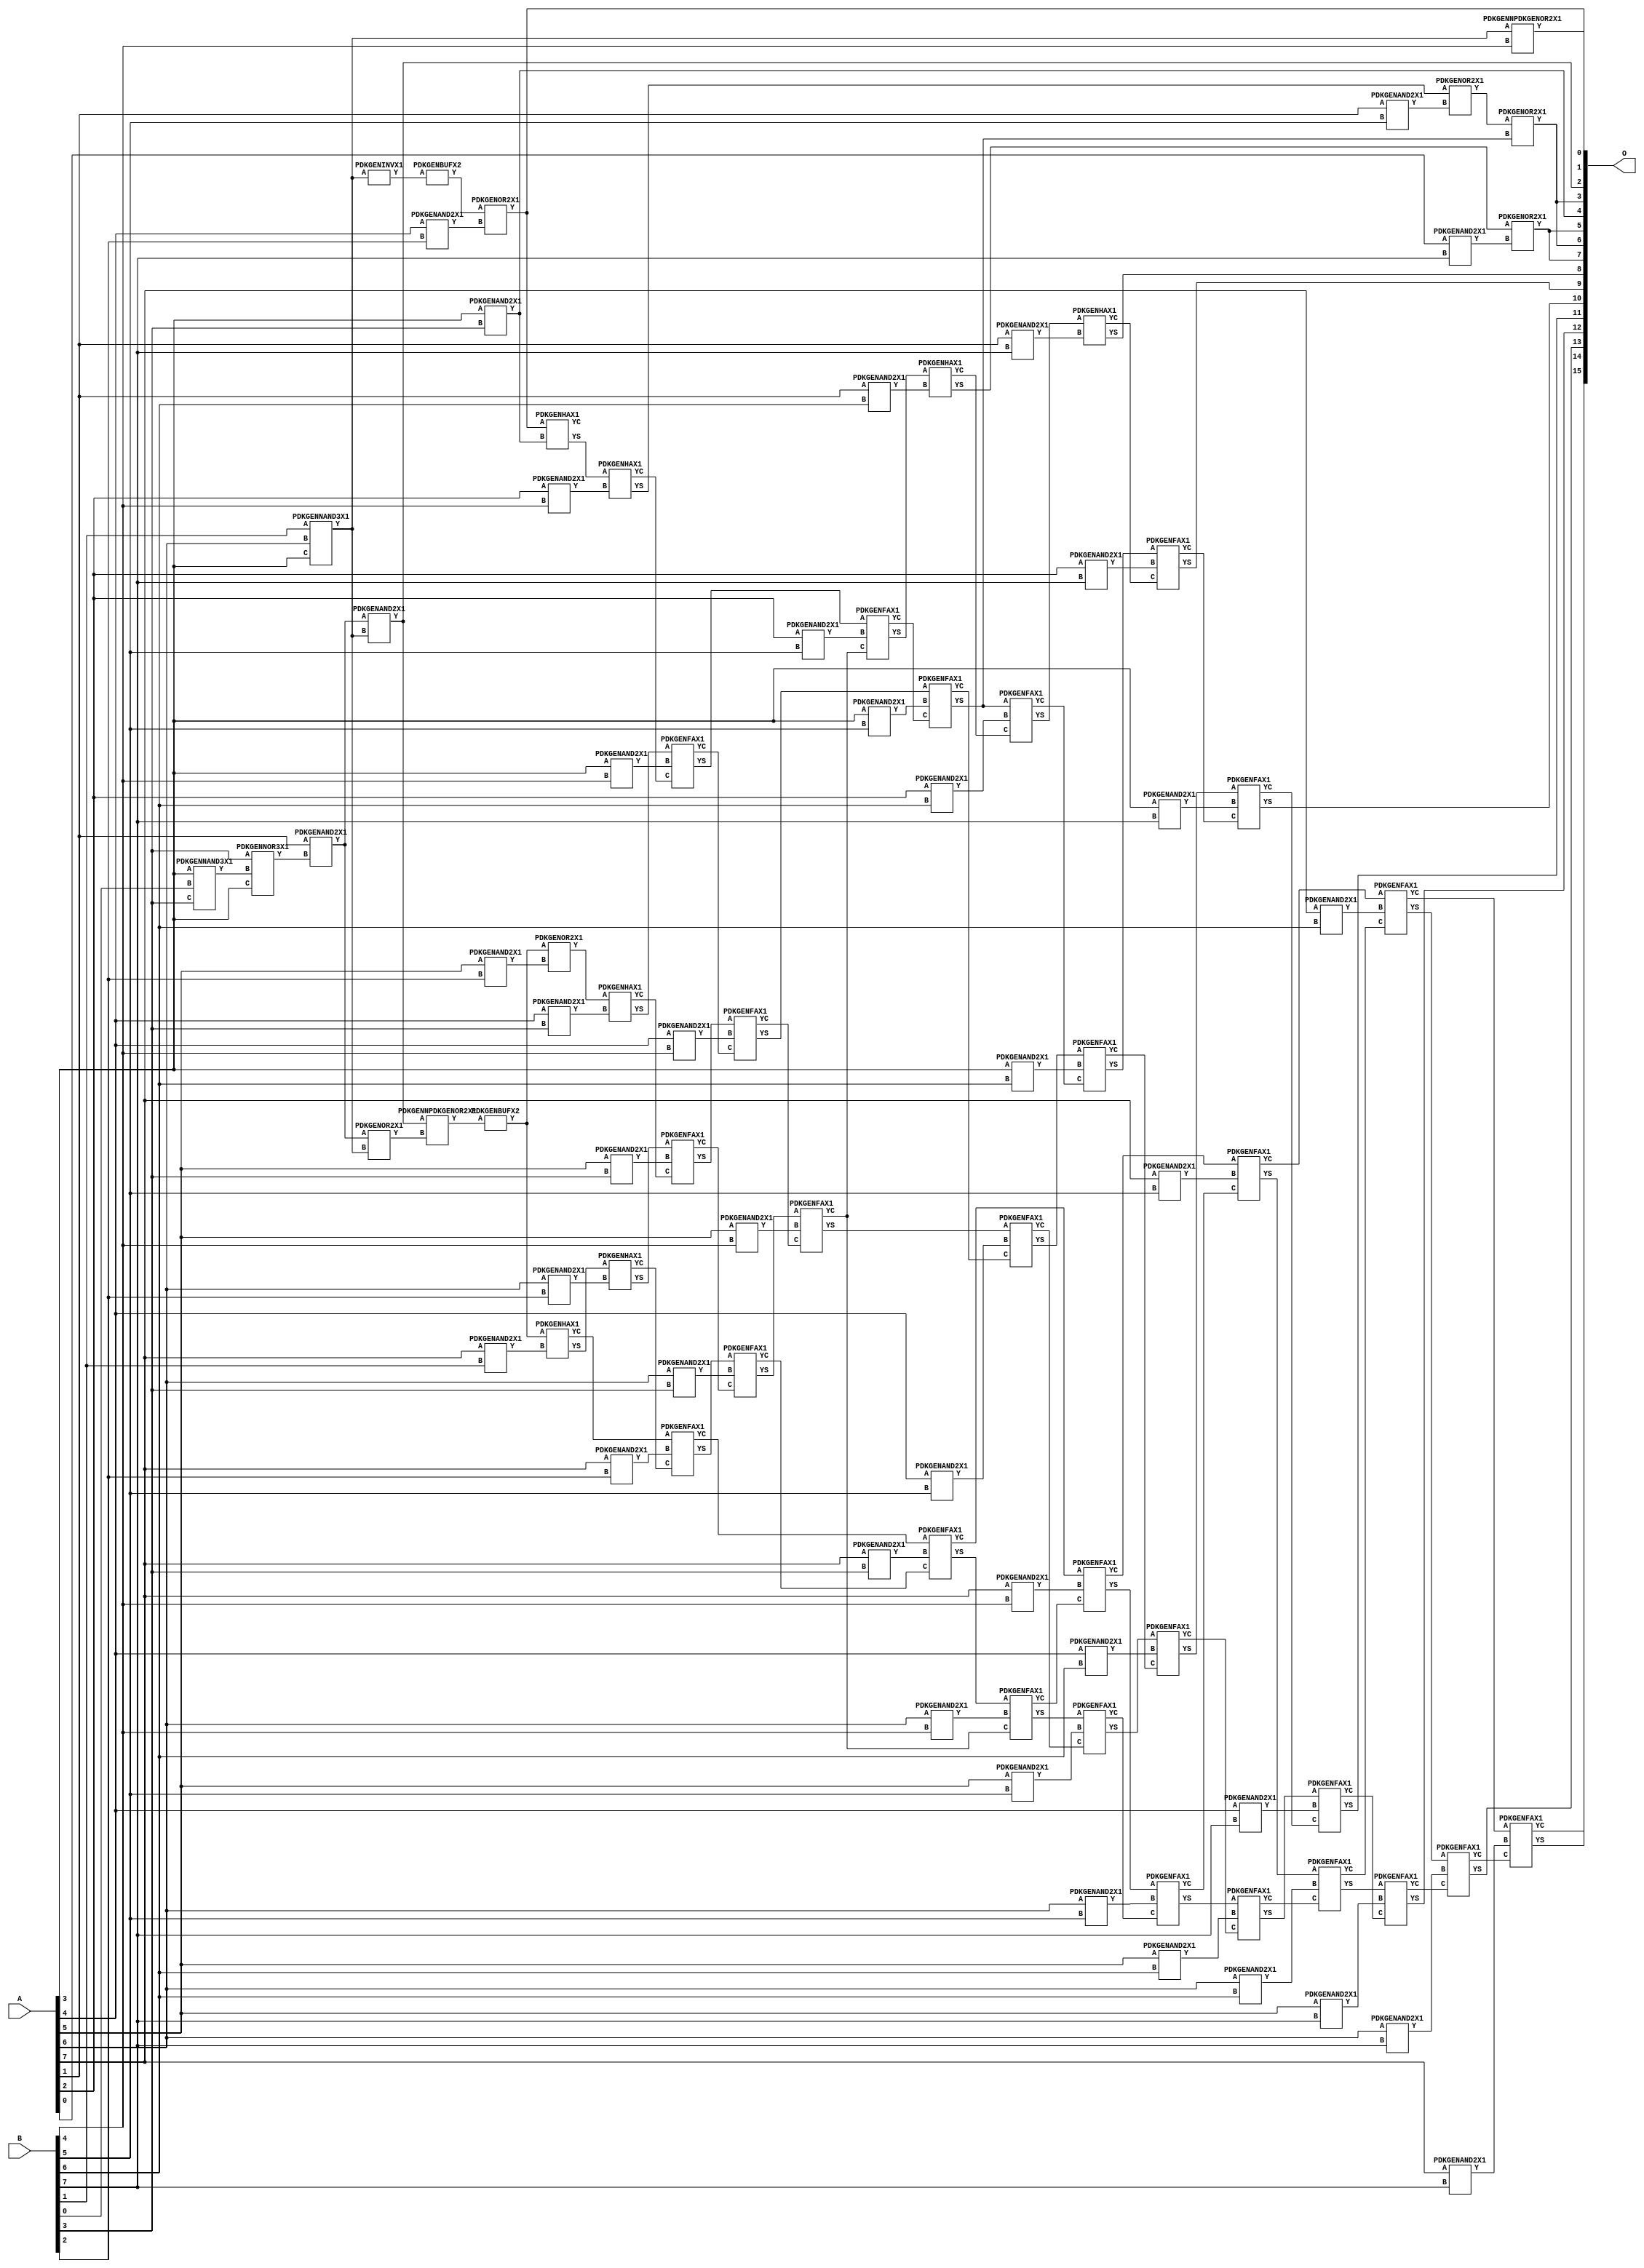
// Library = EvoApprox8b
// Circuit = mul8_447
// Area   (180) = 5520
// Delay  (180) = 4.400
// Power  (180) = 2594.10
// Area   (45) = 400
// Delay  (45) = 1.590
// Power  (45) = 224.50
// Nodes = 88
// HD = 312902
// MAE = 150.20093
// MSE = 36900.98438
// MRE = 3.90 %
// WCE = 837
// WCRE = 241 %
// EP = 97.8 %

module mul8_447(A, B, O);
  input [7:0] A;
  input [7:0] B;
  output [15:0] O;
  wire [2031:0] N;

  assign N[0] = A[0];
  assign N[1] = A[0];
  assign N[2] = A[1];
  assign N[3] = A[1];
  assign N[4] = A[2];
  assign N[5] = A[2];
  assign N[6] = A[3];
  assign N[7] = A[3];
  assign N[8] = A[4];
  assign N[9] = A[4];
  assign N[10] = A[5];
  assign N[11] = A[5];
  assign N[12] = A[6];
  assign N[13] = A[6];
  assign N[14] = A[7];
  assign N[15] = A[7];
  assign N[16] = B[0];
  assign N[17] = B[0];
  assign N[18] = B[1];
  assign N[19] = B[1];
  assign N[20] = B[2];
  assign N[21] = B[2];
  assign N[22] = B[3];
  assign N[23] = B[3];
  assign N[24] = B[4];
  assign N[25] = B[4];
  assign N[26] = B[5];
  assign N[27] = B[5];
  assign N[28] = B[6];
  assign N[29] = B[6];
  assign N[30] = B[7];
  assign N[31] = B[7];

  PDKGENNAND3X1 n32(.A(N[18]), .B(N[12]), .C(N[6]), .Y(N[32]));
  assign N[33] = N[32];
  PDKGENNAND3X1 n34(.A(N[6]), .B(N[16]), .C(N[22]), .Y(N[34]));
  PDKGENNOR3X1 n38(.A(N[22]), .B(N[34]), .C(N[6]), .Y(N[38]));
  assign N[39] = N[38];
  PDKGENAND2X1 n40(.A(N[2]), .B(N[39]), .Y(N[40]));
  assign N[41] = N[40];
  PDKGENOR2X1 n50(.A(N[41]), .B(N[32]), .Y(N[50]));
  assign N[51] = N[50];
  PDKGENNPDKGENOR2X1 n54(.A(N[33]), .B(N[24]), .Y(N[54]));
  PDKGENAND2X1 n82(.A(N[41]), .B(N[32]), .Y(N[82]));
  assign N[83] = N[82];
  PDKGENNPDKGENOR2X1 n146(.A(N[83]), .B(N[51]), .Y(N[146]));
  assign N[147] = N[146];
  PDKGENINVX1 n152(.A(N[33]), .Y(N[152]));
  assign N[153] = N[152];
  PDKGENAND2X1 n282(.A(N[14]), .B(N[18]), .Y(N[282]));
  PDKGENBUFX2 n398(.A(N[147]), .Y(N[398]));
  assign N[399] = N[398];
  PDKGENHAX1 n414(.A(N[399]), .B(N[282]), .YS(N[414]), .YC(N[415]));
  PDKGENAND2X1 n498(.A(N[8]), .B(N[20]), .Y(N[498]));
  PDKGENAND2X1 n514(.A(N[10]), .B(N[20]), .Y(N[514]));
  PDKGENAND2X1 n532(.A(N[12]), .B(N[20]), .Y(N[532]));
  PDKGENAND2X1 n548(.A(N[14]), .B(N[20]), .Y(N[548]));
  PDKGENBUFX2 n552(.A(N[153]), .Y(N[552]));
  assign N[553] = N[552];
  PDKGENOR2X1 n632(.A(N[553]), .B(N[498]), .Y(N[632]));
  assign N[633] = N[632];
  PDKGENOR2X1 n648(.A(N[398]), .B(N[514]), .Y(N[648]));
  PDKGENHAX1 n664(.A(N[414]), .B(N[532]), .YS(N[664]), .YC(N[665]));
  PDKGENFAX1 n682(.A(N[415]), .B(N[548]), .C(N[665]), .YS(N[682]), .YC(N[683]));
  PDKGENAND2X1 n748(.A(N[6]), .B(N[22]), .Y(N[748]));
  assign N[749] = N[748];
  PDKGENAND2X1 n764(.A(N[8]), .B(N[22]), .Y(N[764]));
  PDKGENAND2X1 n782(.A(N[10]), .B(N[22]), .Y(N[782]));
  PDKGENAND2X1 n798(.A(N[12]), .B(N[22]), .Y(N[798]));
  PDKGENAND2X1 n814(.A(N[14]), .B(N[22]), .Y(N[814]));
  PDKGENHAX1 n882(.A(N[632]), .B(N[748]), .YS(N[882]), .YC(N[883]));
  PDKGENHAX1 n898(.A(N[648]), .B(N[764]), .YS(N[898]), .YC(N[899]));
  PDKGENFAX1 n914(.A(N[664]), .B(N[782]), .C(N[899]), .YS(N[914]), .YC(N[915]));
  PDKGENFAX1 n932(.A(N[682]), .B(N[798]), .C(N[915]), .YS(N[932]), .YC(N[933]));
  PDKGENFAX1 n948(.A(N[683]), .B(N[814]), .C(N[933]), .YS(N[948]), .YC(N[949]));
  PDKGENAND2X1 n998(.A(N[4]), .B(N[24]), .Y(N[998]));
  PDKGENAND2X1 n1014(.A(N[6]), .B(N[24]), .Y(N[1014]));
  PDKGENAND2X1 n1032(.A(N[8]), .B(N[24]), .Y(N[1032]));
  PDKGENAND2X1 n1048(.A(N[10]), .B(N[24]), .Y(N[1048]));
  PDKGENAND2X1 n1064(.A(N[12]), .B(N[24]), .Y(N[1064]));
  PDKGENAND2X1 n1082(.A(N[14]), .B(N[24]), .Y(N[1082]));
  PDKGENHAX1 n1132(.A(N[882]), .B(N[998]), .YS(N[1132]), .YC(N[1133]));
  PDKGENFAX1 n1148(.A(N[898]), .B(N[1014]), .C(N[1133]), .YS(N[1148]), .YC(N[1149]));
  PDKGENFAX1 n1164(.A(N[914]), .B(N[1032]), .C(N[1149]), .YS(N[1164]), .YC(N[1165]));
  PDKGENFAX1 n1182(.A(N[932]), .B(N[1048]), .C(N[1165]), .YS(N[1182]), .YC(N[1183]));
  PDKGENFAX1 n1198(.A(N[948]), .B(N[1064]), .C(N[1183]), .YS(N[1198]), .YC(N[1199]));
  PDKGENFAX1 n1214(.A(N[949]), .B(N[1082]), .C(N[1199]), .YS(N[1214]), .YC(N[1215]));
  PDKGENAND2X1 n1248(.A(N[2]), .B(N[26]), .Y(N[1248]));
  PDKGENAND2X1 n1264(.A(N[4]), .B(N[26]), .Y(N[1264]));
  PDKGENAND2X1 n1282(.A(N[6]), .B(N[26]), .Y(N[1282]));
  PDKGENAND2X1 n1298(.A(N[8]), .B(N[26]), .Y(N[1298]));
  PDKGENAND2X1 n1314(.A(N[10]), .B(N[26]), .Y(N[1314]));
  PDKGENAND2X1 n1332(.A(N[12]), .B(N[26]), .Y(N[1332]));
  PDKGENAND2X1 n1348(.A(N[14]), .B(N[26]), .Y(N[1348]));
  PDKGENOR2X1 n1382(.A(N[1132]), .B(N[1248]), .Y(N[1382]));
  PDKGENFAX1 n1398(.A(N[1148]), .B(N[1264]), .C(N[1183]), .YS(N[1398]), .YC(N[1399]));
  PDKGENFAX1 n1414(.A(N[1164]), .B(N[1282]), .C(N[1399]), .YS(N[1414]), .YC(N[1415]));
  PDKGENFAX1 n1432(.A(N[1182]), .B(N[1298]), .C(N[1415]), .YS(N[1432]), .YC(N[1433]));
  PDKGENFAX1 n1448(.A(N[1198]), .B(N[1314]), .C(N[1433]), .YS(N[1448]), .YC(N[1449]));
  PDKGENFAX1 n1464(.A(N[1214]), .B(N[1332]), .C(N[1449]), .YS(N[1464]), .YC(N[1465]));
  PDKGENFAX1 n1482(.A(N[1215]), .B(N[1348]), .C(N[1465]), .YS(N[1482]), .YC(N[1483]));
  PDKGENAND2X1 n1514(.A(N[2]), .B(N[28]), .Y(N[1514]));
  PDKGENAND2X1 n1532(.A(N[4]), .B(N[28]), .Y(N[1532]));
  PDKGENAND2X1 n1548(.A(N[6]), .B(N[28]), .Y(N[1548]));
  PDKGENAND2X1 n1564(.A(N[8]), .B(N[28]), .Y(N[1564]));
  PDKGENAND2X1 n1582(.A(N[10]), .B(N[28]), .Y(N[1582]));
  PDKGENAND2X1 n1598(.A(N[12]), .B(N[28]), .Y(N[1598]));
  PDKGENAND2X1 n1614(.A(N[14]), .B(N[28]), .Y(N[1614]));
  PDKGENOR2X1 n1632(.A(N[1382]), .B(N[1414]), .Y(N[1632]));
  PDKGENHAX1 n1648(.A(N[1398]), .B(N[1514]), .YS(N[1648]), .YC(N[1649]));
  PDKGENFAX1 n1664(.A(N[1414]), .B(N[1532]), .C(N[1649]), .YS(N[1664]), .YC(N[1665]));
  PDKGENFAX1 n1682(.A(N[1432]), .B(N[1548]), .C(N[1665]), .YS(N[1682]), .YC(N[1683]));
  PDKGENFAX1 n1698(.A(N[1448]), .B(N[1564]), .C(N[1683]), .YS(N[1698]), .YC(N[1699]));
  PDKGENFAX1 n1714(.A(N[1464]), .B(N[1582]), .C(N[1699]), .YS(N[1714]), .YC(N[1715]));
  PDKGENFAX1 n1732(.A(N[1482]), .B(N[1598]), .C(N[1715]), .YS(N[1732]), .YC(N[1733]));
  PDKGENFAX1 n1748(.A(N[1483]), .B(N[1614]), .C(N[1733]), .YS(N[1748]), .YC(N[1749]));
  PDKGENAND2X1 n1764(.A(N[0]), .B(N[30]), .Y(N[1764]));
  PDKGENAND2X1 n1782(.A(N[2]), .B(N[30]), .Y(N[1782]));
  PDKGENAND2X1 n1798(.A(N[4]), .B(N[30]), .Y(N[1798]));
  PDKGENAND2X1 n1814(.A(N[6]), .B(N[30]), .Y(N[1814]));
  PDKGENAND2X1 n1832(.A(N[8]), .B(N[30]), .Y(N[1832]));
  PDKGENAND2X1 n1848(.A(N[10]), .B(N[30]), .Y(N[1848]));
  PDKGENAND2X1 n1864(.A(N[12]), .B(N[30]), .Y(N[1864]));
  PDKGENAND2X1 n1882(.A(N[14]), .B(N[30]), .Y(N[1882]));
  PDKGENOR2X1 n1898(.A(N[1648]), .B(N[1764]), .Y(N[1898]));
  PDKGENHAX1 n1914(.A(N[1664]), .B(N[1782]), .YS(N[1914]), .YC(N[1915]));
  PDKGENFAX1 n1932(.A(N[1682]), .B(N[1798]), .C(N[1915]), .YS(N[1932]), .YC(N[1933]));
  PDKGENFAX1 n1948(.A(N[1698]), .B(N[1814]), .C(N[1933]), .YS(N[1948]), .YC(N[1949]));
  PDKGENFAX1 n1964(.A(N[1714]), .B(N[1832]), .C(N[1949]), .YS(N[1964]), .YC(N[1965]));
  PDKGENFAX1 n1982(.A(N[1732]), .B(N[1848]), .C(N[1965]), .YS(N[1982]), .YC(N[1983]));
  PDKGENFAX1 n1998(.A(N[1748]), .B(N[1864]), .C(N[1983]), .YS(N[1998]), .YC(N[1999]));
  PDKGENFAX1 n2014(.A(N[1749]), .B(N[1882]), .C(N[1999]), .YS(N[2014]), .YC(N[2015]));

  assign O[0] = N[633];
  assign O[1] = N[54];
  assign O[2] = N[83];
  assign O[3] = N[1632];
  assign O[4] = N[749];
  assign O[5] = N[1898];
  assign O[6] = N[1632];
  assign O[7] = N[1898];
  assign O[8] = N[1914];
  assign O[9] = N[1932];
  assign O[10] = N[1948];
  assign O[11] = N[1964];
  assign O[12] = N[1982];
  assign O[13] = N[1998];
  assign O[14] = N[2014];
  assign O[15] = N[2015];

endmodule
/* mod */
module PDKGENFAX1( input A, input B, input C, output YS, output YC );
    assign YS = (A ^ B) ^ C;
    assign YC = (A & B) | (B & C) | (A & C);
endmodule
/* mod */
module PDKGENHAX1( input A, input B, output YS, output YC );
    assign YS = A ^ B;
    assign YC = A & B;
endmodule
/* mod */
module PDKGENNOR3X1(input A, input B, input C, output Y );
     assign Y = ~((A | B) | C);
endmodule
/* mod */
module PDKGENAND2X1(input A, input B, output Y );
     assign Y = A & B;
endmodule
/* mod */
module PDKGENINVX1(input A, output Y );
     assign Y = ~A;
endmodule
/* mod */
module PDKGENNPDKGENOR2X1(input A, input B, output Y );
     assign Y = ~(A | B);
endmodule
/* mod */
module PDKGENNAND3X1(input A, input B, input C, output Y );
     assign Y = ~((A & B) & C);
endmodule
/* mod */
module PDKGENBUFX2(input A, output Y );
     assign Y = A;
endmodule
/* mod */
module PDKGENOR2X1(input A, input B, output Y );
     assign Y = A | B;
endmodule